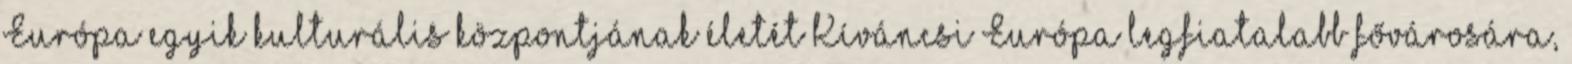
Európa egyik kulturális központjának életét Kíváncsi Európa legfiatalabb fővárosára,